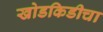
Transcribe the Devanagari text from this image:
खोडकिडीचा